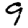
Digit: 9